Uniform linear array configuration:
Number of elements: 32
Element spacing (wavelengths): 0.5
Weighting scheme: blackman
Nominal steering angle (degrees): -60
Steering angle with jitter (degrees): -61.769
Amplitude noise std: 0.05
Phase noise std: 0.05

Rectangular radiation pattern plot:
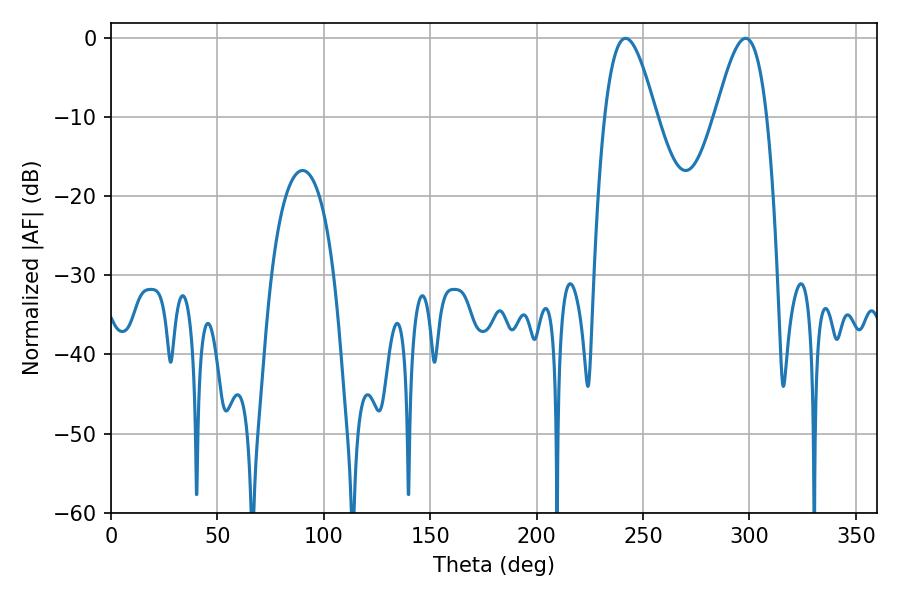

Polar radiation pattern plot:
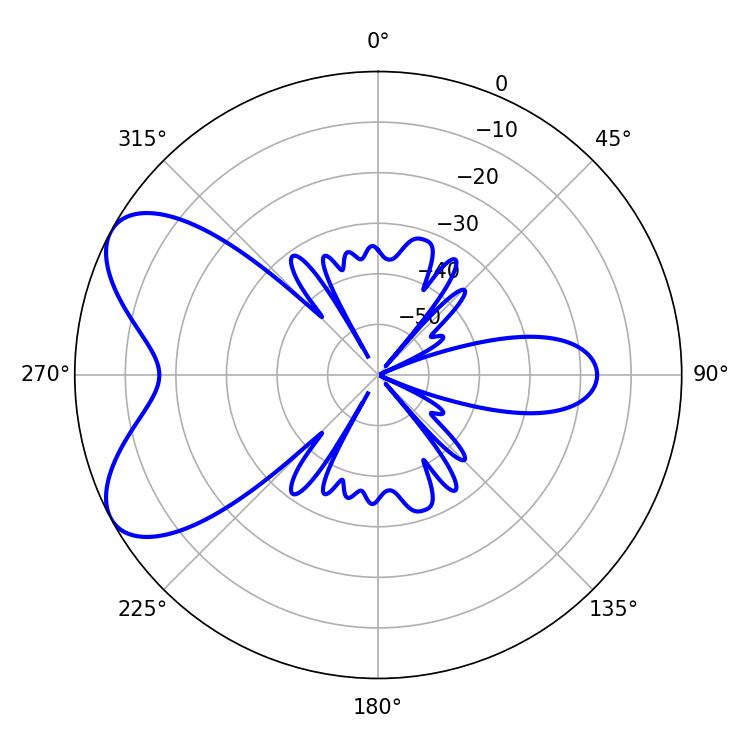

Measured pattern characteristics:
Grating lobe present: FALSE
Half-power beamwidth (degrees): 12.96
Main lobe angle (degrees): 241.74